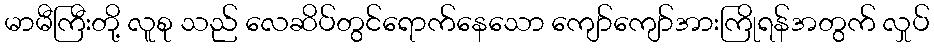
မာမီကြီးတို့ လူစု သည် လေဆိပ်တွင်ရောက်နေသော ကျော်ကျော်အားကြိုရန်အတွက် လှုပ်